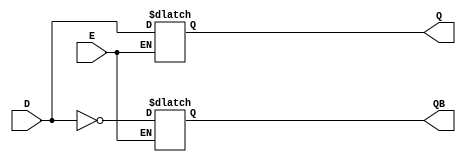
`timescale 1ns / 1ps
//////////////////////////////////////////////////////////////////////////////////
// Company: 
// Engineer: 
// 
// Design Name: 
// Module Name: D_latch
// Project Name: 
// Target Devices: 
// Tool Versions: 
// Description: 
// 
// Dependencies: 
// 
// Revision:
// Revision 0.01 - File Created
// Additional Comments:
// 
//////////////////////////////////////////////////////////////////////////////////


module D_latch(Q,QB,D,E);
input D,E;
output reg Q,QB;
always @(D,E) begin
if(E) begin
    Q = D;
    QB = ~Q;
end
else begin
    Q = Q;
    QB = QB;
end
end
endmodule